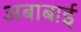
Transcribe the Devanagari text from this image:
अबाबाई